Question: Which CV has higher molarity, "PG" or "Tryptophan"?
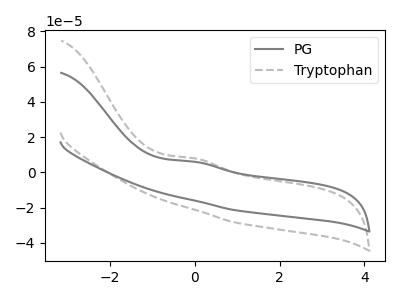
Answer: <think>The gray curve "PG" has an anodic peak at: (0.00V, 6.00uA). The gray dashed curve "Tryptophan" has an anodic peak at: (0.00V, 7.95uA).
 All the peaks in "PG" have a peak in "Tryptophan" at the same potential. Every peak in "PG" is lower than every peak in "Tryptophan".</think>
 <answer>"PG" has less signal than "Tryptophan" and so likely has a lower concentration.</answer>
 <eval>less_concentration</eval>